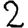
Digit: 2